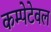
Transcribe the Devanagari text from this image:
कम्पेटेवल